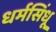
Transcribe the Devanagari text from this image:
धर्मसिंधू